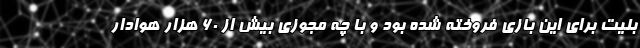
بلیت برای این بازی فروخته شده بود و با چه مجوزی بیش از 60 هزار هوادار